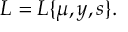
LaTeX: { \cal L } = { \cal L } \{ \mu , y , s \} .